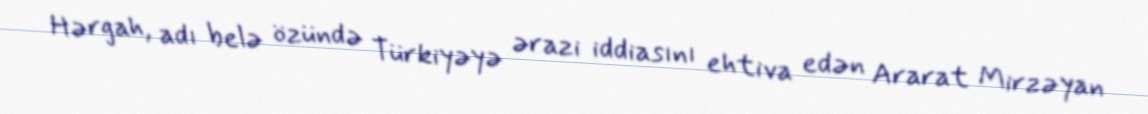
Hərgah, adı belə özündə Türkiyəyə ərazi iddiasını ehtiva edən Ararat Mirzəyan